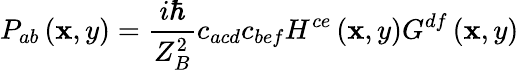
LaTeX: P_{ab}\left(\mathbf{x},y\right)=\frac{{i\hbar}}{{Z_{B}^{2}}}c_{acd}c_{bef}H^{ce}\left(\mathbf{x},y\right)G^{df}\left(\mathbf{x},y\right)